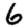
Digit: 6